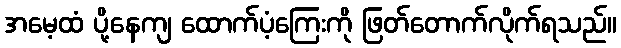
အမေ့ထံ ပို့နေကျ ထောက်ပံ့ကြေးကို ဖြတ်တောက်လိုက်ရသည်။